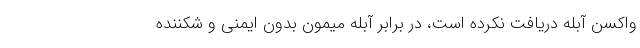
واکسن آبله دریافت نکرده است، در برابر آبله میمون بدون ایمنی و شکننده